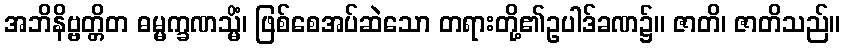
အဘိနိဗ္ဗတ္တိတ ဓမ္မက္ခဏသ္မိံ၊ ဖြစ်စေအပ်ဆဲသော တရားတို့၏ဥပါဒ်ခဏ၌။ ဇာတိ၊ ဇာတိသည်။